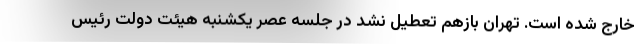
خارج شده است. تهران بازهم تعطیل نشد در جلسه عصر یکشنبه هیئت دولت رئیس